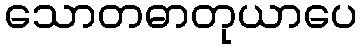
သောတဓာတုယာပေ